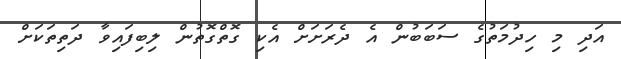
އަދި މި ހިދުމަތުގެ ސަބަބުން އެ ދެރަށަށް އެކި ގޮތްގޮތުން ލިބިފައިވާ ދަތިތަކަށް